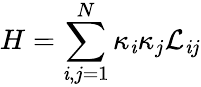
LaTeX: H=\sum_{\mathit{i},j=1}^{N}\kappa_{\mathit{i}}\kappa_{j}\mathcal{{L}}_{\mathit{i}j}